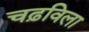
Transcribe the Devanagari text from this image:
चढ़विला